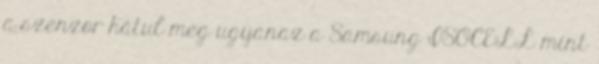
a szenzor hátul meg ugyanaz a Samsung ISOCELL mint